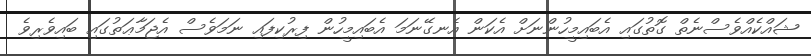
ޝައްކެއްވެސްނެތް ގޮތުގައި އެބައިމީހުންނަށް އެކަން އެނގޭނަމަ އެބައިމީހުން ފިރުކިފައި ނަމަވެސް އެޖަމާޢަތުގައި ބައިވެރިވެ